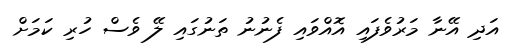
އަދި އޭނާ މަރުވެފައި އޮއްވައި ފެނުނު ތަނުގައި ލޭ ވެސް ހުރި ކަމަށް